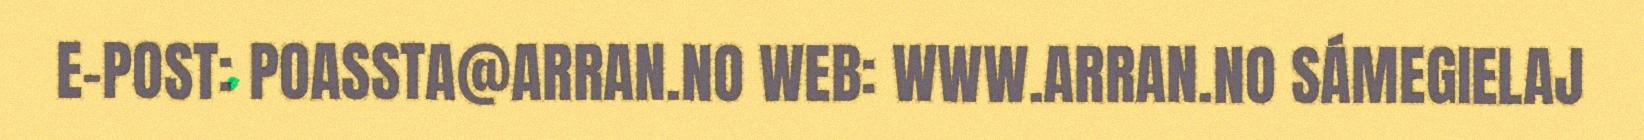
E-POST: POASSTA@ARRAN.NO WEB: WWW.ARRAN.NO SÁMEGIELAJ